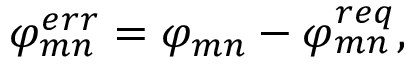
\varphi _ { m n } ^ { e r r } = \varphi _ { m n } - \varphi _ { m n } ^ { r e q } ,